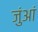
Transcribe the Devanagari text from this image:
जुंआं